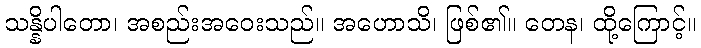
သန္နိပါတော၊ အစည်းအဝေးသည်။ အဟောသိ၊ ဖြစ်၏။ တေန၊ ထို့ကြောင့်။